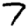
Digit: 7